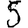
Digit: 5